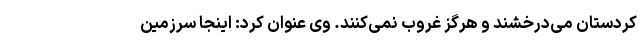
کردستان می‌درخشند و هرگز غروب نمی‌کنند. وی عنوان کرد: اینجا سرزمین